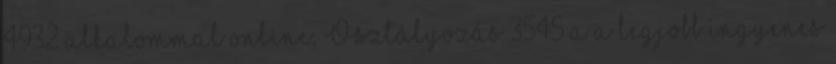
4932 alkalommal online. Osztályozás 3545 a a legjobb ingyenes